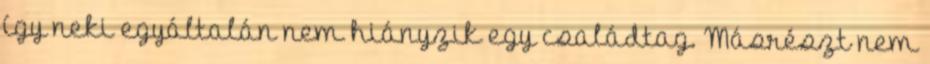
így neki egyáltalán nem hiányzik egy családtag. Másrészt nem